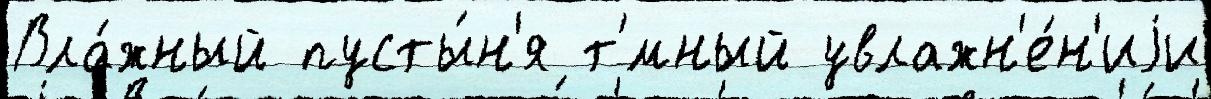
Вла́жный пусты́н'я т'́мный увлажн'е́н'иjи